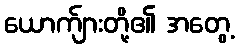
ယောက်ျားတို့၏ အတွေ့